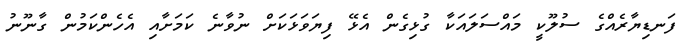
ފަނޑިޔާރެއްގެ ސުލޫކީ މައްސަލައަކާ ގުޅިގެން އެޅޭ ފިޔަވަޅަކަށް ނުވާނެ ކަމަށާއި އެހެންކަމުން ގާނޫނު